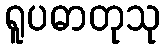
ရူပဓာတုသု